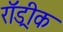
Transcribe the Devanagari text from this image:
रॉड्रीक